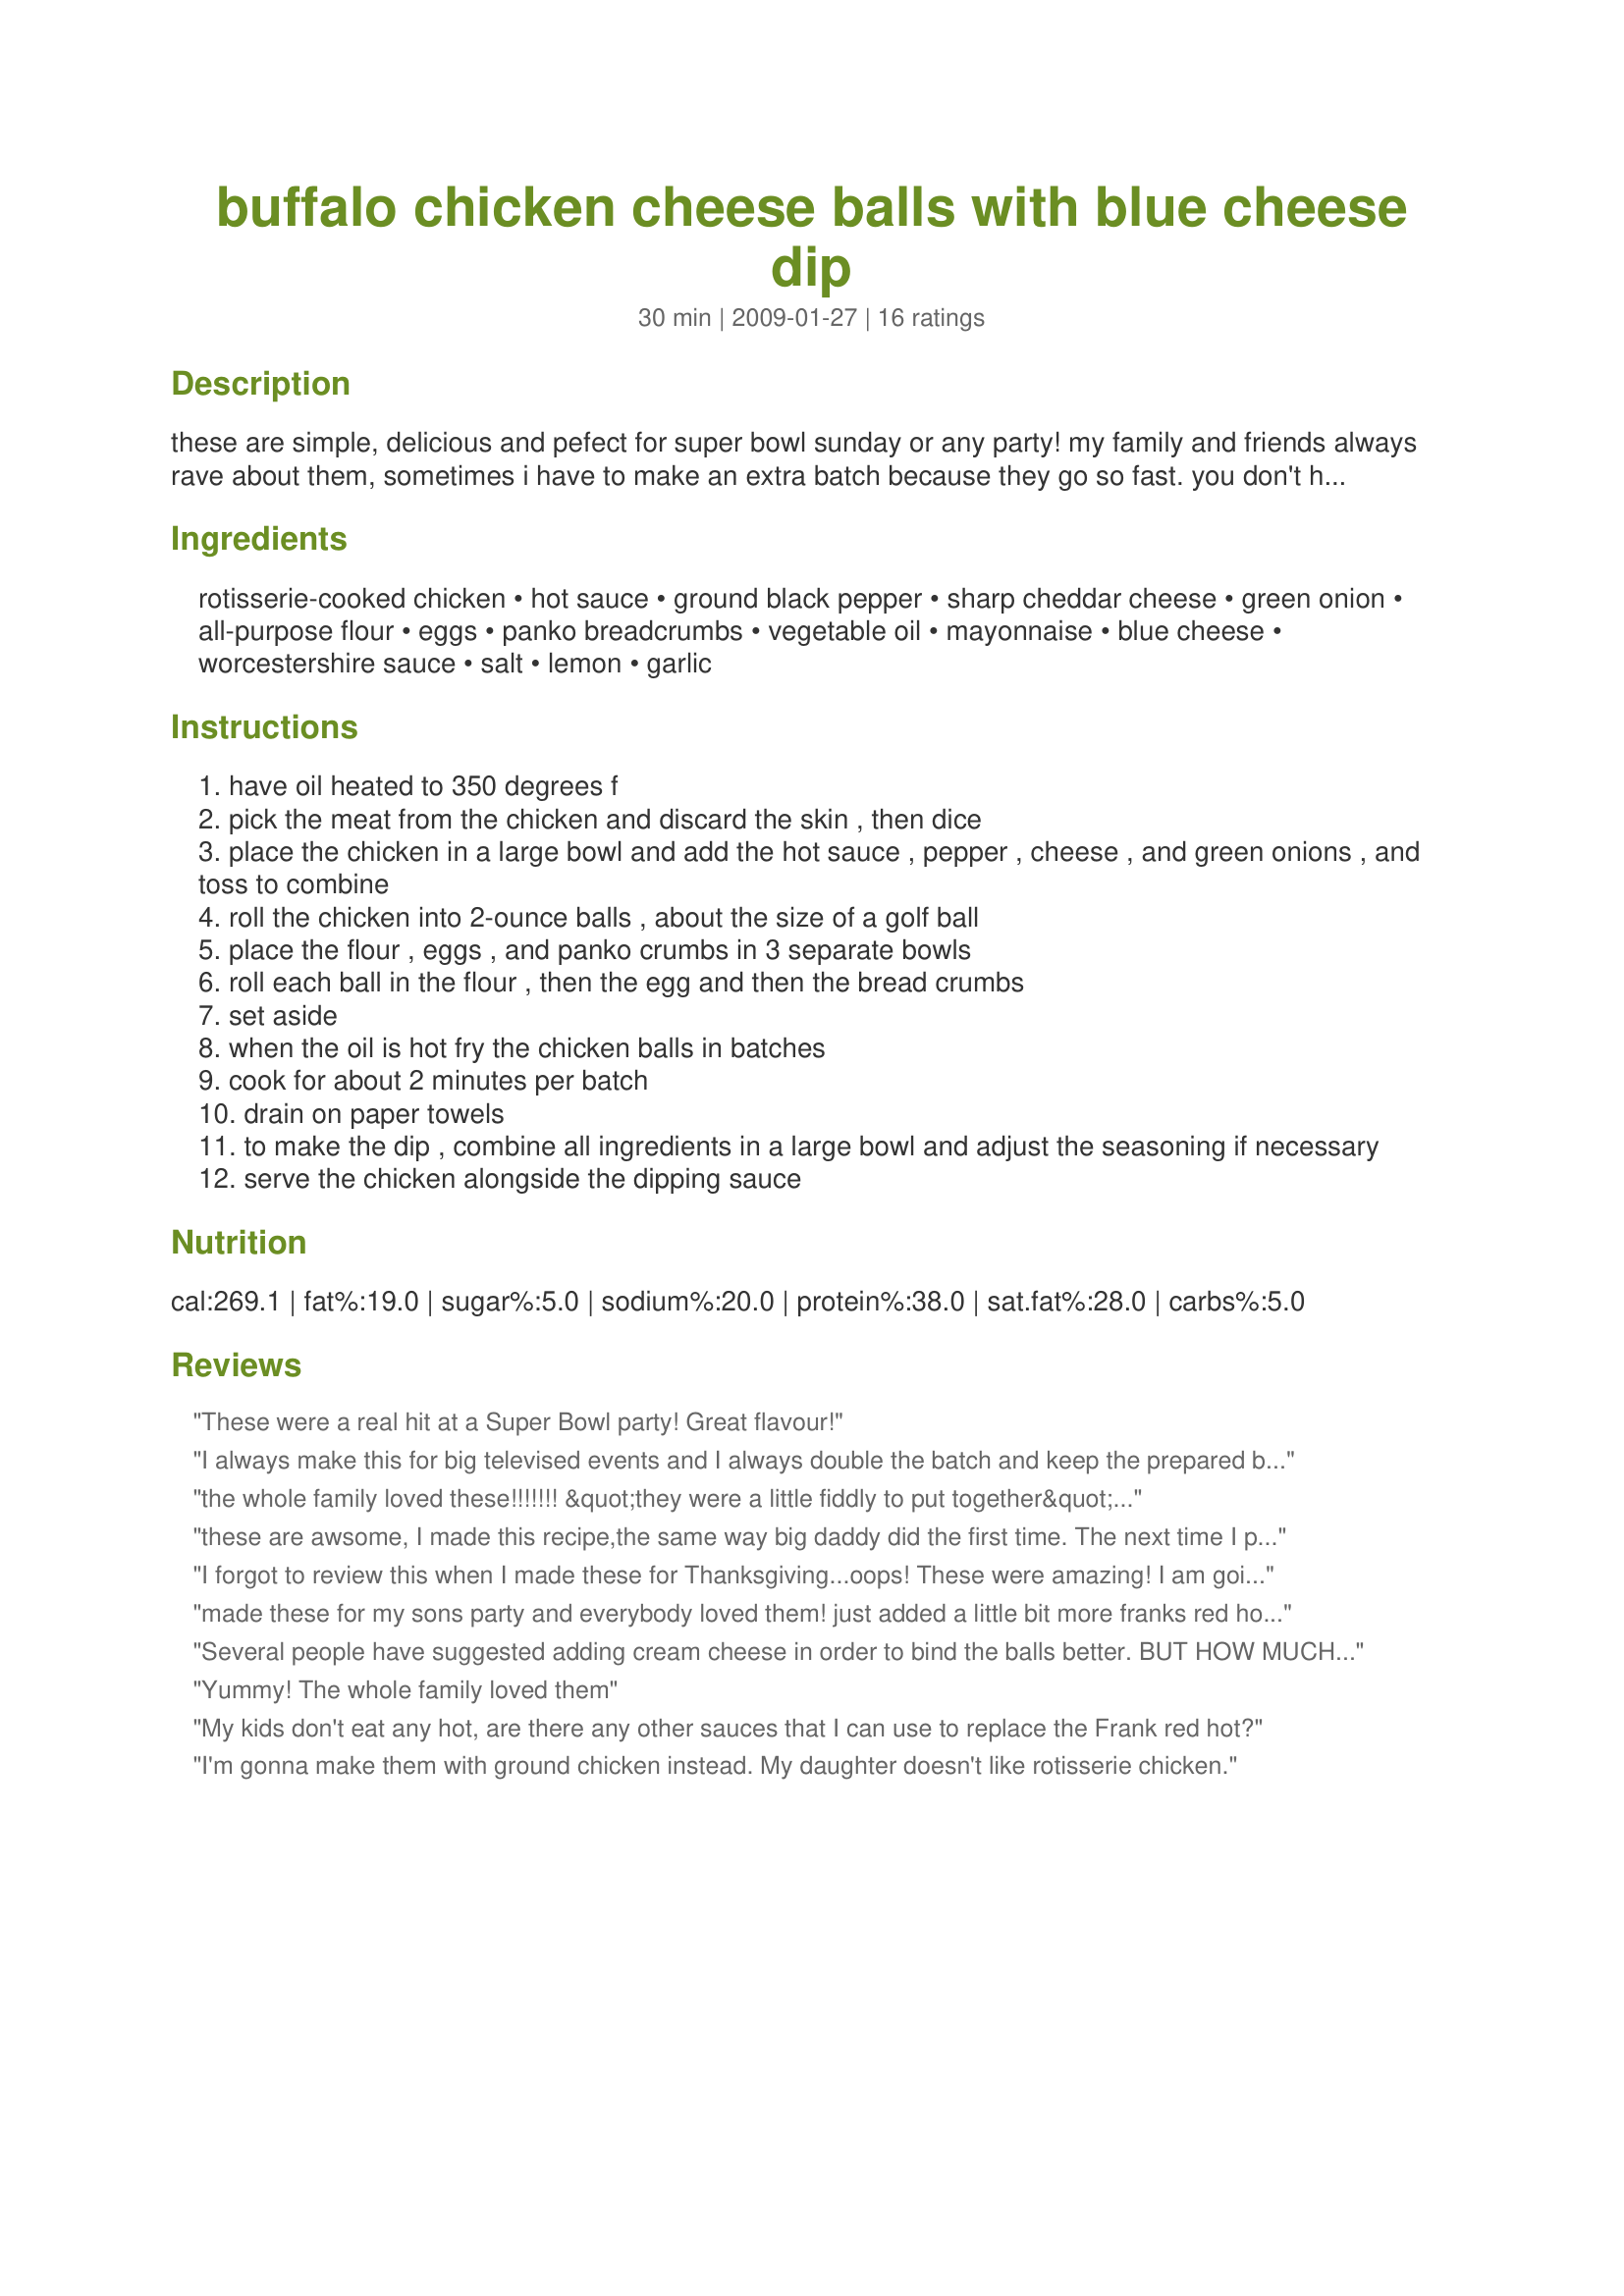
buffalo chicken cheese balls with blue cheese dip
Preparation time: 30 minutes

these are simple, delicious and pefect for super bowl sunday or any party! my family and friends always rave about them, sometimes i have to make an extra batch because they go so fast. you don't have to use a rotisserie chicken, but it sure cuts back on the time. if you don't like things too spicy, you can always cut back on the hot sauce and green onions.i like to use peanut oil for frying. they freeze well too. making the dip ahead of time, then placing in fridge, allows the flavors to marry well. bring it back to room temp to serve. this is adapted from a food network show, big daddy's house. the chef is aaron mccargo jr. hope you enjoy!

Ingredients:
rotisserie-cooked chicken, hot sauce, ground black pepper, sharp cheddar cheese, green onion, all-purpose flour, eggs, panko breadcrumbs, vegetable oil, mayonnaise, blue cheese, worcestershire sauce, salt, lemon, garlic

Steps:
have oil heated to 350 degrees f
pick the meat from the chicken and discard the skin , then dice
place the chicken in a large bowl and add the hot sauce , pepper , cheese , and green onions , and toss to combine
roll the chicken into 2-ounce balls , about the size of a golf ball
place the flour , eggs , and panko crumbs in 3 separate bowls
roll each ball in the flour , then the egg and then the bread crumbs
set aside
when the oil is hot fry the chicken balls in batches
cook for about 2 minutes per batch
drain on paper towels
to make the dip , combine all ingredients in a large bowl and adjust the seasoning if necessary
serve the chicken alongside the dipping sauce

Reviews:
These were a real hit at a Super Bowl party! Great flavour!
I always make this for big televised events and I always double the batch and keep the prepared balls in the fridge to fry as they disappear. Great recipe!
the whole family loved these!!!!!!! &quot;they were a little fiddly to put together&quot;, said my 10 year old daughter who actually made them, but otherwise she found the recipe easy to follow. I thought that they were not going to be filling enough to make as a main course but I was wrong. we used 2 precooked chicken breasts and it fed 6 people. everyone was full. my daughter did however make them bigger than the recipe suggested because she was tired of rolling the balls after a few of them. I am anxious to try these as an appetizer for the next family party. I reheated a few, and they were just as delicious and the others.
these are awsome, I made this recipe,the same way big daddy did the first time. The next time I put in a can of green chiles instead of green onions, It was just as good.
very Yummy Recipe.........
I forgot to review this when I made these for Thanksgiving...oops! These were amazing! I am going to make these again for Christmas with just a few changes because the family likes things a little more spicy. I add more Red Hot Sauce and also add some cream cheese. Thanks for a great recipe!
made these for my sons party and everybody loved them! just added a little bit more franks red hot buffalo sauce and used ranch instead of the blue cheese sauce thks!
Several people have suggested adding cream cheese in order to bind the balls better. BUT HOW MUCH 3 oz. or 8 oz or whatever ????????
Yummy! The whole family loved them
My kids don't eat any hot, are there any other sauces that I can use to replace the Frank red hot?
I'm gonna make them with ground chicken instead. My daughter doesn't like rotisserie chicken.
We just enjoyed making this as a family. And when I took them into work it was the best dishes ever!!!!
These were sooooo wonderful. I used a pound of leftover cooked chicken breasts, chopped up in the food processor with the steel blade. I made a couple adjustments here and there for personal taste (i.e., a little less hot sauce, etc.) and next time I won't need as much flour, eggs or panko crumbs. I also made a smaller amount of dipping sauce and it was plenty. These tasted just heavenly and I'd do it all again in a heartbeat - but next time I will make them smaller, so that they each have maximum crunch coating. Everything about this recipe is winning! Thank you for posting.
I have made with leftover buffalo chicken dip. That cream cheese is what it needs to stay together!
WOW that's all most the same ingredient I use BUTT , I use chicken wings , the BIG 1'S ! ! ! ! ™&reg;
These were amazing! I brought them to a BBQ and they were gone in minutes, next time I'll have to double the recipe! I didn't make the dip, but they went quickly anyway. I also added just a little extra hot sauce. I'm sure I'll be getting requests for this every time we're invited to a BBQ.
I have made these twice. I added cream cheese on the second batch.This made them much better.
